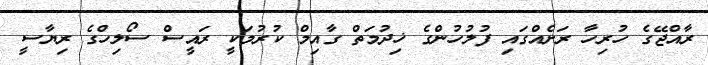
ރާއްޖޭގެ ހުރިހާ ރަށެއްގައި ފުލުހުންގެ ޚިދުމަތް ގާއިމް ކުރުމަކީ ރައީސް ސޯލިހްގެ ރިޔާސީ